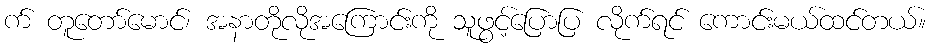
က် တူတော်မောင်၊ အနာတိုလိုအကြောင်းကို သူဖွင့်ပြောပြ လိုက်ရင် ကောင်းမယ်ထင်တယ်။